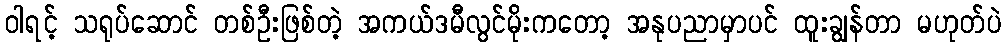
ဝါရင့် သရုပ်ဆောင် တစ်ဦးဖြစ်တဲ့ အကယ်ဒမီလွင်မိုးကတော့ အနုပညာမှာပင် ထူးချွန်တာ မဟုတ်ပဲ